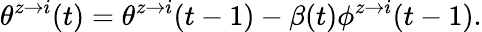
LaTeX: \theta^{z\rightarrow i}(t)=\theta^{z\rightarrow i}(t-1)-\beta(t)\phi^{z\rightarrow i}(t-1).